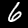
Label: 6